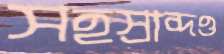
সহস্রাব্দও